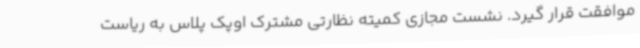
موافقت قرار گیرد. نشست مجازی کمیته نظارتی مشترک اوپک پلاس به ریاست